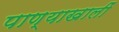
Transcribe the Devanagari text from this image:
पाण्याखालीं